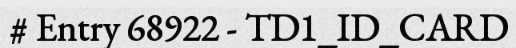
# Entry 68922 - TD1_ID_CARD